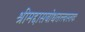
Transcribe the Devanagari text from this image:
श्रीमद्दासबोधतत्त्वस्तवः